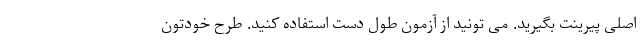
اصلی پیرینت بگیرید. می تونید از آزمون طول دست استفاده کنید. طرح خودتون